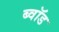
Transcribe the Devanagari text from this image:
ब्वॉड